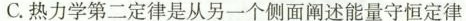
C.热力学第二定律是从另一个侧面阐述能量守恒定律